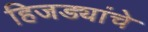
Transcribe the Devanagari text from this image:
हिजड्यांचे